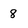
Character: 8